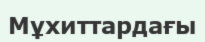
Мұхиттардағы